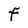
Character: F